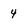
Character: 4